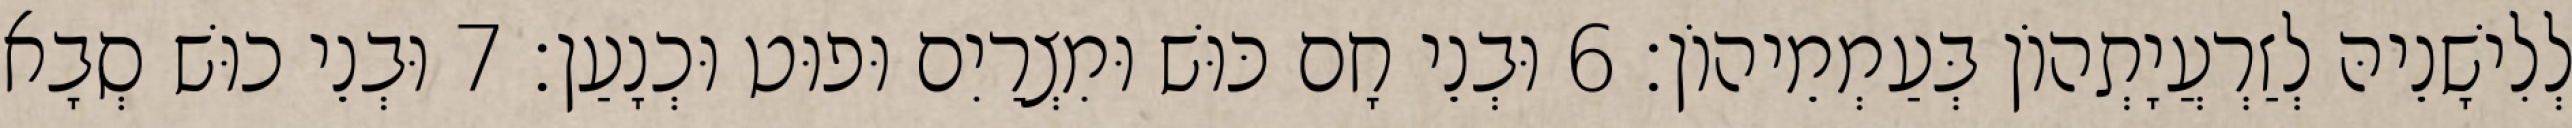
לְלִישָׁנֵיהּ לְזַרְעֲיָתְהוֹן בְּעַמְמֵיהוֹן׃ 6 וּבְנֵי חָם כּוּשׁ וּמִצְרַיִם וּפוּט וּכְנָעַן׃ 7 וּבְנֵי כוּשׁ סְבָא